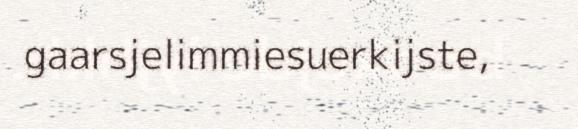
gaarsjelimmiesuerkijste,